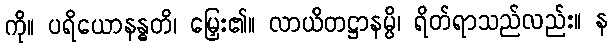
ကို။ ပရိယောနန္ဓတိ၊ မြှေး၏။ လာယိတဋ္ဌာနမ္ပိ၊ ရိတ်ရာသည်လည်း။ န